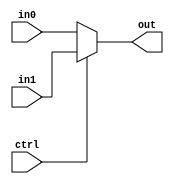
`timescale 1ns / 1ps
//////////////////////////////////////////////////////////////////////////////////
// Company: 
// Engineer: 
// 
// Design Name: 
// Module Name:    multi21 
// Project Name: 
// Target Devices: 
// Tool versions: 
// Description: 
//
// Dependencies: 
//
// Revision: 
// Revision 0.01 - File Created
// Additional Comments: 
//
//////////////////////////////////////////////////////////////////////////////////
module multi21(input [7:0] in0, in1, input  ctrl, output [7:0] out);
		reg [7:0] tmp;
		 always @*
				 tmp<= ctrl?in1:in0;
			 
		assign out = tmp;


endmodule